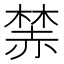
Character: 𧹫